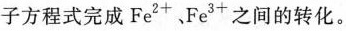
子方程式完成Fe^{2+}、Fe^{3+}之间的转化。